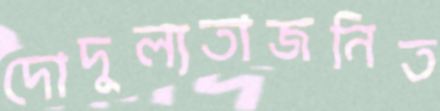
দোদুল্যতাজনিত